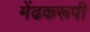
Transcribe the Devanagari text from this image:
मेंढकरूपी